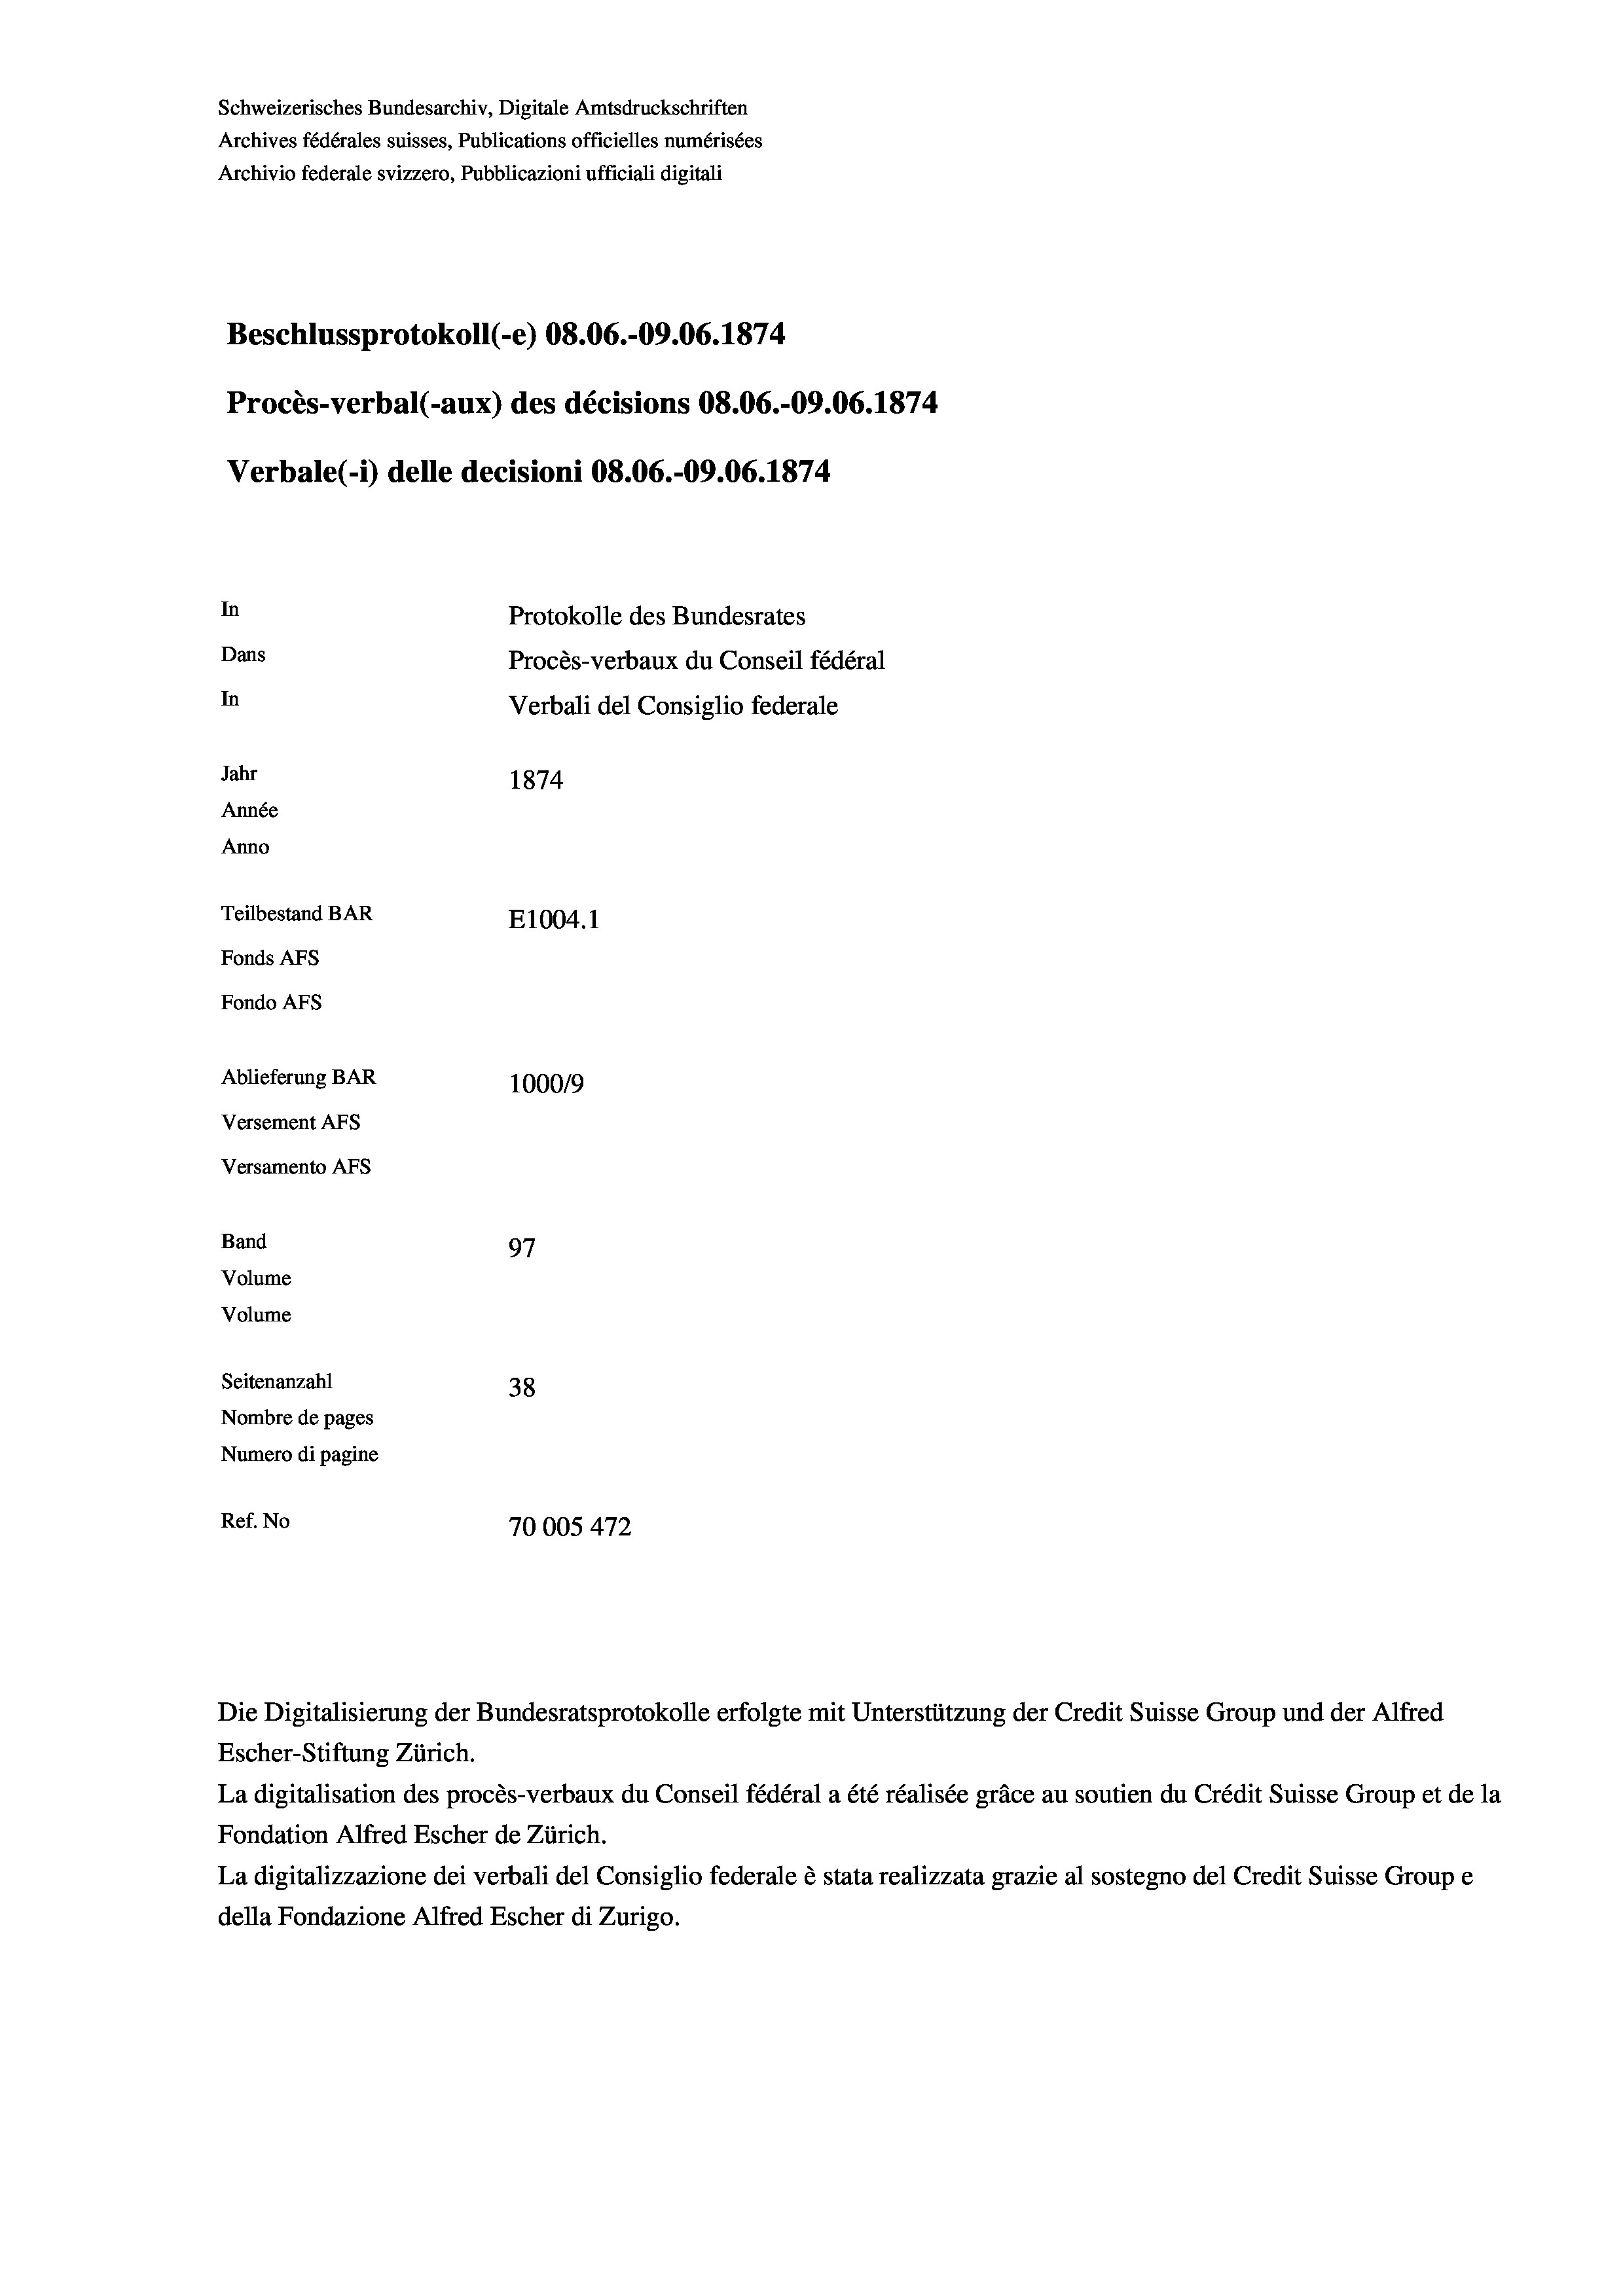
Schweizerisches Bundesarchiv, Digitale Amtsdruckschriften
Archives fédérales suisses, Publications officielles numérisées
Archivio federale svizzero, Pubblicazioni ufficiali digitali
Beschlussprotokoll (-e) 08.06.-09.06. 1874
Procès-verbal (-aux) des décisions 08.06.-09.06. 1874.
Verbale(-*) delle decisioni 08.06.-09.06. 1874
In
Protokolle des Bundesrates
Dans
Procès-verbaux du Conseil fédéral
In
Verbali del Consiglio federale
Jahr
1874
Année
Anno
Teilbestand BAR
E1004.1
Fonds AFs
Fondo Afs
Ablieferung BAR
1000/9
Versement AFs
Versamento Afs
Band
97
Volume
Volume
Seitenanzahl
38
Nombre de pages
Numero di pagine
Ref. No
70005472

Die Digitalisierung der Bundesratsprotokolle erfolgte mit Unterstützung der Credit Suisse Group und der Alfred
Escher-Stiftung Zürich.
La digitalisation des procès-verbaux du Conseil fédéral a été réalisée gräce au soutien du Crédit Suisse Group et de la
Fondation Alfred Escher de Zürich.
La digitalizzazione dei verbali del Consiglio federale è stata realizzata grazie al sostegno del Credit Suisse Groupe
della Fondazione Alfred Escher di Zurigo.